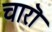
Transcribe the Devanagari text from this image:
चारॊ